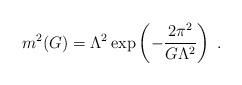
LaTeX: \begin{align*}m^2 (G) = \Lambda^2 \exp \left(-\frac{2\pi^2}{G \Lambda^2} \right) \; . \end{align*}